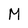
Character: M